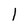
Character: 1